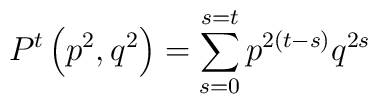
P^t \left( p^2,q^2 \right)= \sum\limits_{s=0}^{s=t} p^{2 \left(t-s\right)} q^{2s}